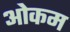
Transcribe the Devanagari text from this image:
ओकम